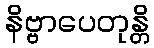
နိဗ္ဗာပေတုန္တိ